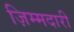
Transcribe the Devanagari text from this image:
ज़िम्मदारी